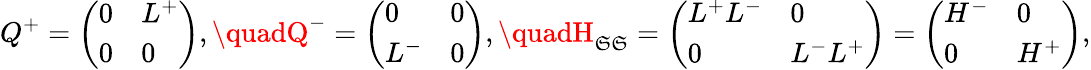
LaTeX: Q^{+}=\left(\begin{array}{ll}{0}&{L^{+}}\\ {0}&{0}\end{array}\right),\quadQ^{-}=\left(\begin{array}{ll}{0}&{0}\\ {L^{-}}&{0}\end{array}\right),\quadH_{\mathfrak{S}\mathfrak{S}}=\left(\begin{array}{ll}{L^{+}L^{-}}&{0}\\ {0}&{L^{-}L^{+}}\end{array}\right)=\left(\begin{array}{ll}{H^{-}}&{0}\\ {0}&{H^{+}}\end{array}\right),